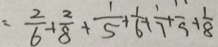
= \frac { 2 } { 6 } + \frac { 2 } { 8 } + \frac { 1 } { 5 } + \frac { 1 } { 6 } + \frac { 1 } { 7 } + \frac { 1 } { 9 } + \frac { 1 } { 8 }